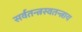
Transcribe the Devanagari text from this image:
सर्वतन्त्रस्वतन्त्राय